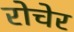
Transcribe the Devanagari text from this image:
रोचेर